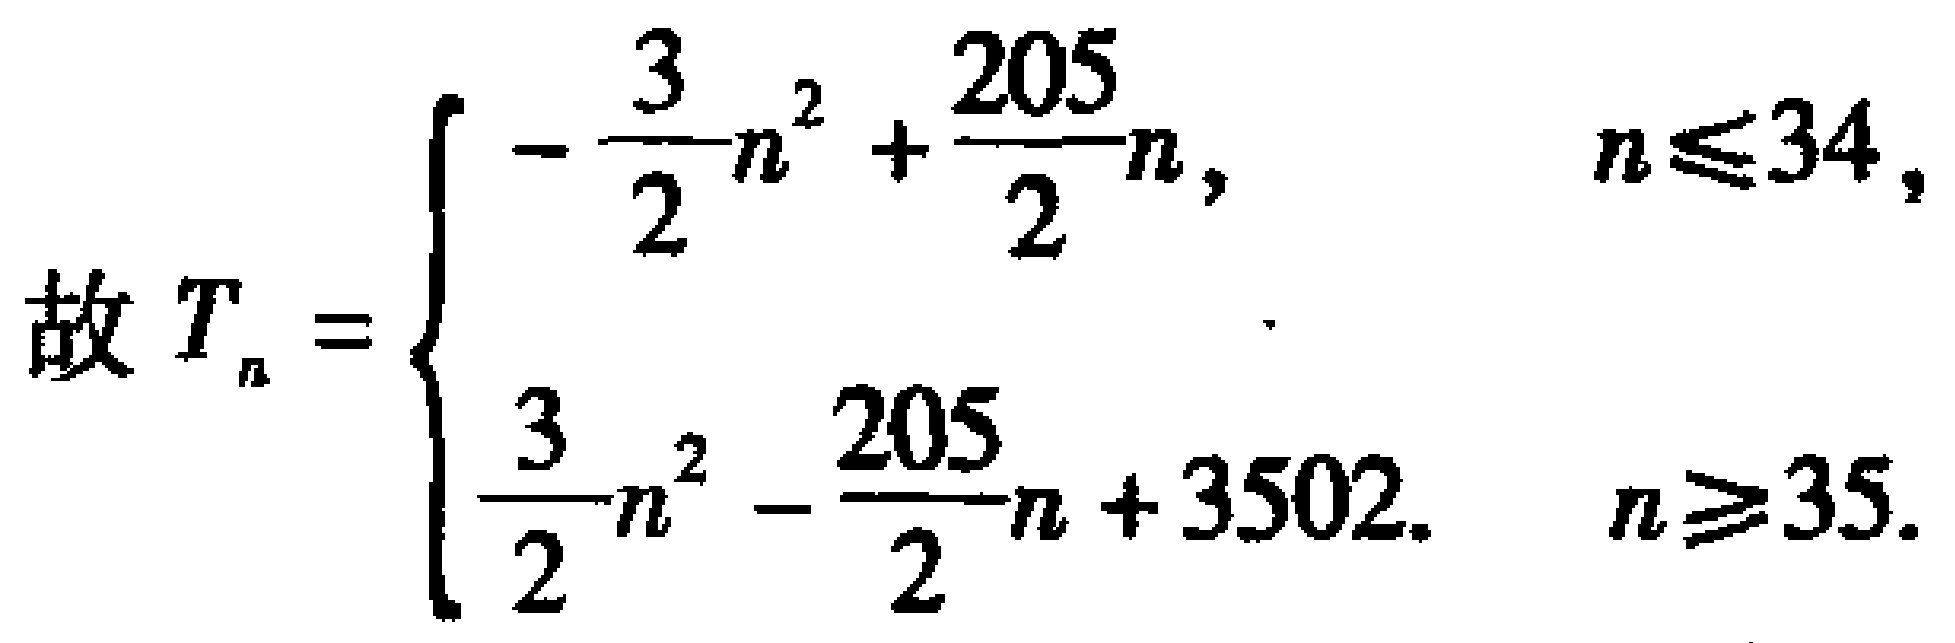
\[
故\ T_{n}=
\begin{cases}
-\dfrac{3}{2}n^{2}+\dfrac{205}{2}n, & n\leqslant34, \\
\\
\dfrac{3}{2}n^{2}-\dfrac{205}{2}n + 3502, & n\geqslant35.
\end{cases}
\]